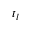
t _ { l }